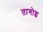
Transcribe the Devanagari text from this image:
तागोइ